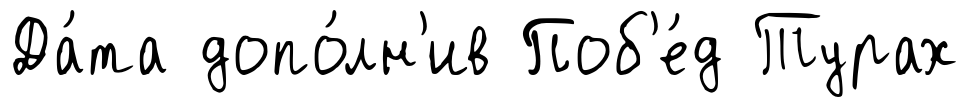
Да́та допо́лн'ив Поб'е́д Турах